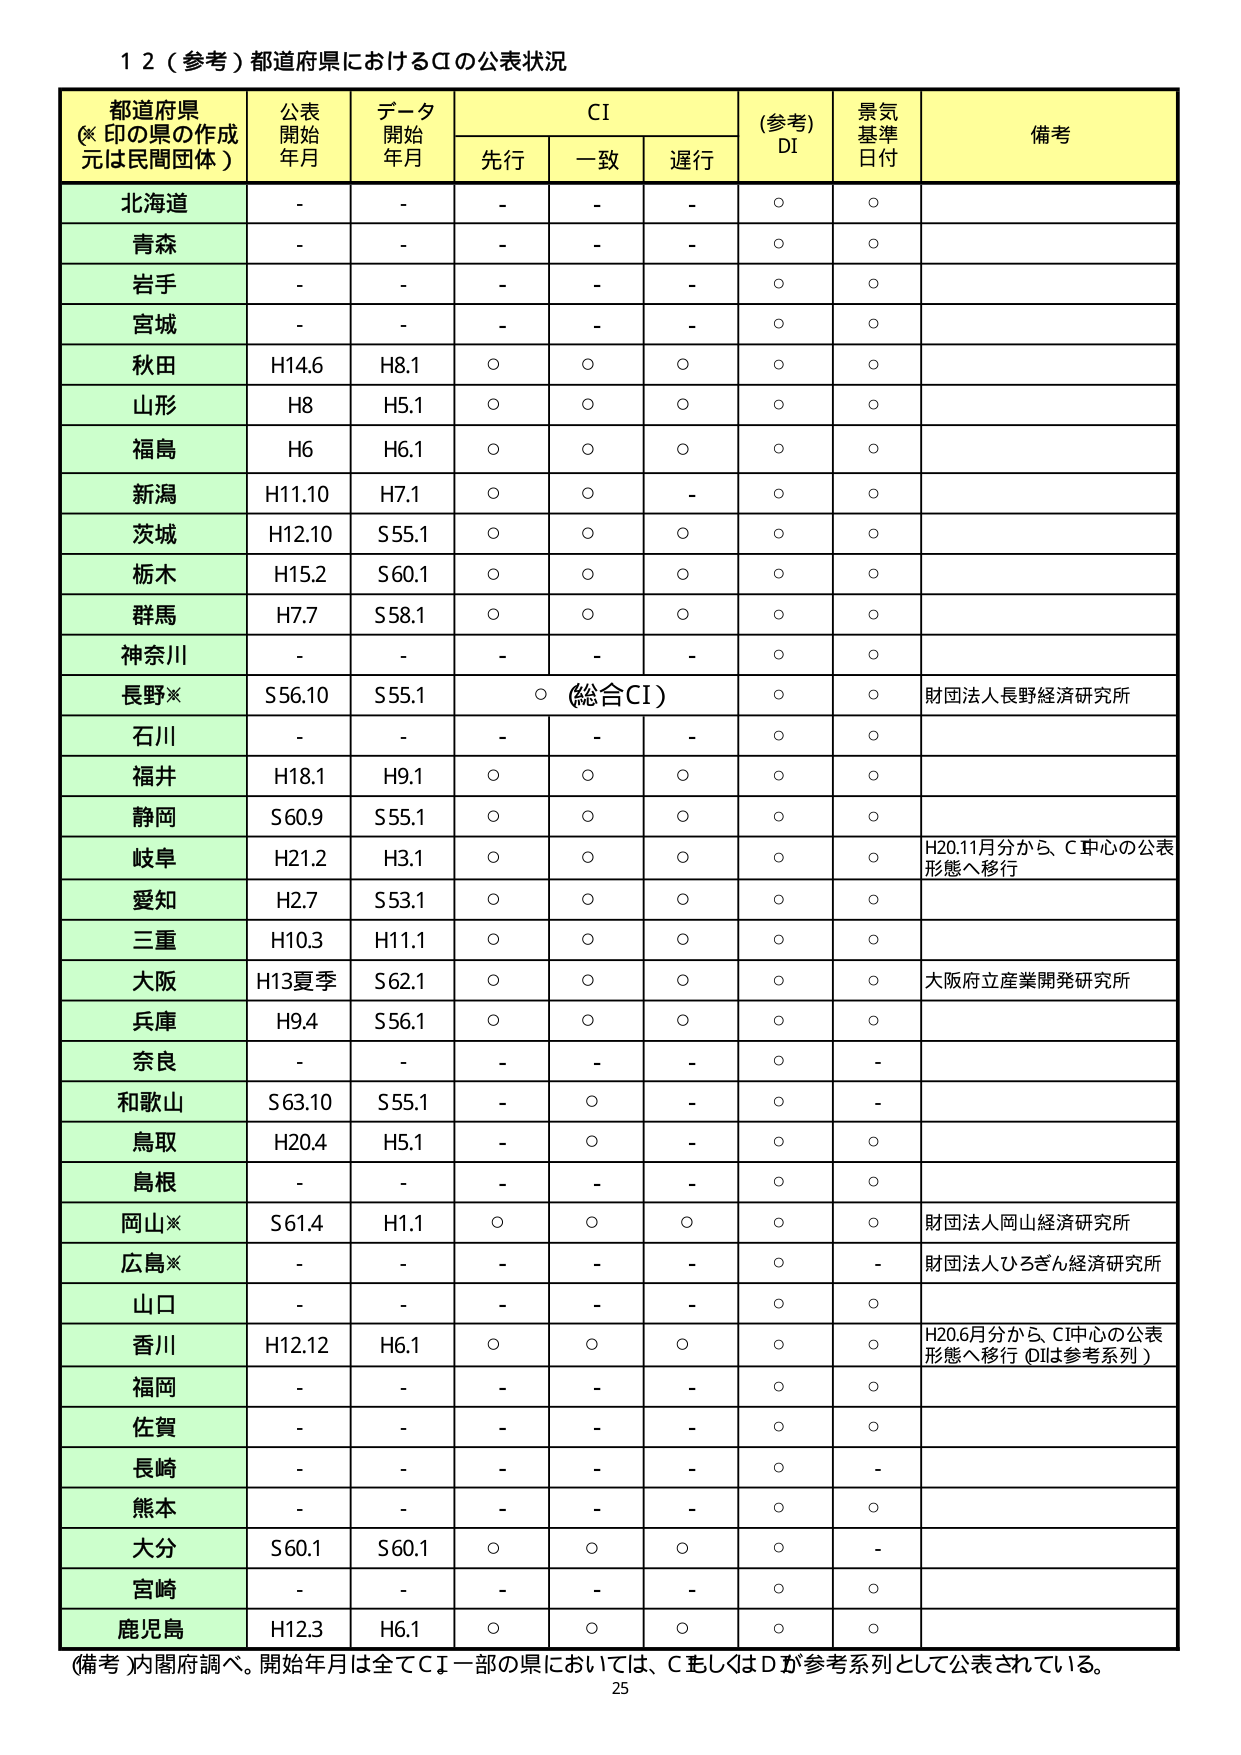
１２（参考）都道府県におけるCIの公表状況

都道府県
（※印の県の作成元は民間団体）

公表開始年月

データ開始年月

CI

（参考）DI

景気基準日付

備考

先行

一致

遅行

北海道

-

-

-

-

-

○

○

青森

-

-

-

-

-

○

○

岩手

-

-

-

-

-

○

○

宮城

-

-

-

-

-

○

○

秋田

H14.6

H8.1

○

○

○

○

○

山形

H8

H5.1

○

○

○

○

○

福島

H6

H6.1

○

○

○

○

○

新潟

H11.10

H7.1

○

○

-

○

○

茨城

H12.10

S55.1

○

○

○

○

○

栃木

H15.2

S60.1

○

○

○

○

○

群馬

H7.7

S58.1

○

○

○

○

○

神奈川

-

-

-

-

-

○

○

長野※

S56.10

S55.1

○（総合CI）

○

○

財団法人長野経済研究所

石川

-

-

-

-

-

○

○

福井

H18.1

H9.1

○

○

○

○

○

静岡

S60.9

S55.1

○

○

○

○

○

岐阜

H21.2

H3.1

○

○

○

○

○

H20.11月分から、C中心の公表形態へ移行

愛知

H2.7

S53.1

○

○

○

○

○

三重

H10.3

H11.1

○

○

○

○

○

大阪

H13夏季

S62.1

○

○

○

○

○

大阪府立産業開発研究所

兵庫

H9.4

S56.1

○

○

○

○

○

奈良

-

-

-

-

-

○

-

和歌山

S63.10

S55.1

-

○

-

○

-

鳥取

H20.4

H5.1

-

○

-

○

○

島根

-

-

-

-

-

○

○

岡山※

S61.4

H1.1

○

○

○

○

○

財団法人岡山経済研究所

広島※

-

-

-

-

-

○

-

財団法人ひろぎん経済研究所

山口

-

-

-

-

-

○

○

香川

H12.12

H6.1

○

○

○

○

○

H20.6月分から、C中心の公表形態へ移行（Dは参考系列）

福岡

-

-

-

-

-

○

○

佐賀

-

-

-

-

-

○

○

長崎

-

-

-

-

-

○

-

熊本

-

-

-

-

-

○

○

大分

S60.1

S60.1

○

○

○

○

-

宮崎

-

-

-

-

-

○

○

鹿児島

H12.3

H6.1

○

○

○

○

○

（備考）内閣府調べ。開始年月は全てCI。一部の県においては、CもしくはDが参考系列として公表されている。

25